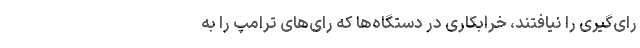
رای‌گیری را نیافتند، خرابکاری در دستگاه‌ها که رای‌های ترامپ را به